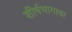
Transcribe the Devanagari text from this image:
शीर्षभागावर